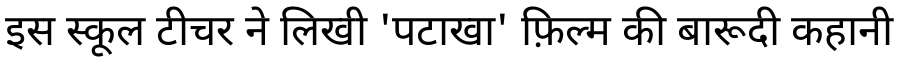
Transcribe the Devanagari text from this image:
इस स्कूल टीचर ने लिखी 'पटाखा' फ़िल्म की बारूदी कहानी